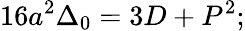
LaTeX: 16a^{2}\Delta_{0}=3D+P^{2};